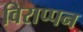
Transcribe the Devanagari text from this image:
विराप्पन